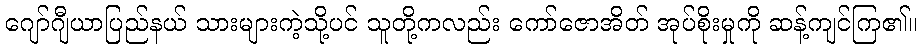
ဂျော်ဂျီယာပြည်နယ် သားများကဲ့သို့ပင် သူတို့ကလည်း ကော်ဇောအိတ် အုပ်စိုးမှုကို ဆန့်ကျင်ကြ၏။